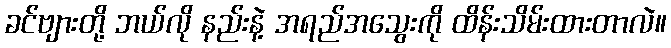
ခင်ဗျားတို့ ဘယ်လို နည်းနဲ့ အရည်အသွေးကို ထိန်းသိမ်းထားတာလဲ။